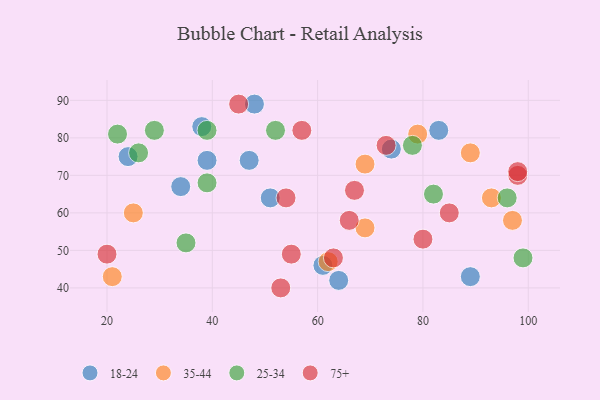
{"axis": {"x": "GDP", "y": "Life Expectancy"}, "legend": ["18-24", "25-34", "35-44", "75+"], "data": [{"x": "39", "y": 74, "type": "18-24"}, {"x": "34", "y": 67, "type": "18-24"}, {"x": "48", "y": 89, "type": "18-24"}, {"x": "74", "y": 77, "type": "18-24"}, {"x": "47", "y": 74, "type": "18-24"}, {"x": "51", "y": 64, "type": "18-24"}, {"x": "61", "y": 46, "type": "18-24"}, {"x": "38", "y": 83, "type": "18-24"}, {"x": "89", "y": 43, "type": "18-24"}, {"x": "83", "y": 82, "type": "18-24"}, {"x": "64", "y": 42, "type": "18-24"}, {"x": "24", "y": 75, "type": "18-24"}, {"x": "69", "y": 56, "type": "35-44"}, {"x": "93", "y": 64, "type": "35-44"}, {"x": "62", "y": 47, "type": "35-44"}, {"x": "79", "y": 81, "type": "35-44"}, {"x": "97", "y": 58, "type": "35-44"}, {"x": "69", "y": 73, "type": "35-44"}, {"x": "21", "y": 43, "type": "35-44"}, {"x": "89", "y": 76, "type": "35-44"}, {"x": "25", "y": 60, "type": "35-44"}, {"x": "26", "y": 76, "type": "25-34"}, {"x": "96", "y": 64, "type": "25-34"}, {"x": "29", "y": 82, "type": "25-34"}, {"x": "78", "y": 78, "type": "25-34"}, {"x": "52", "y": 82, "type": "25-34"}, {"x": "39", "y": 82, "type": "25-34"}, {"x": "99", "y": 48, "type": "25-34"}, {"x": "22", "y": 81, "type": "25-34"}, {"x": "82", "y": 65, "type": "25-34"}, {"x": "39", "y": 68, "type": "25-34"}, {"x": "35", "y": 52, "type": "25-34"}, {"x": "63", "y": 48, "type": "75+"}, {"x": "85", "y": 60, "type": "75+"}, {"x": "73", "y": 78, "type": "75+"}, {"x": "98", "y": 70, "type": "75+"}, {"x": "20", "y": 49, "type": "75+"}, {"x": "57", "y": 82, "type": "75+"}, {"x": "55", "y": 49, "type": "75+"}, {"x": "98", "y": 71, "type": "75+"}, {"x": "67", "y": 66, "type": "75+"}, {"x": "45", "y": 89, "type": "75+"}, {"x": "66", "y": 58, "type": "75+"}, {"x": "53", "y": 40, "type": "75+"}, {"x": "80", "y": 53, "type": "75+"}, {"x": "54", "y": 64, "type": "75+"}]}